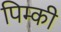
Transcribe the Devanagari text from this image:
पिम्की